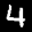
Label: 4